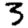
Digit: 3